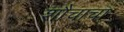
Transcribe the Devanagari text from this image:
शौचाचा